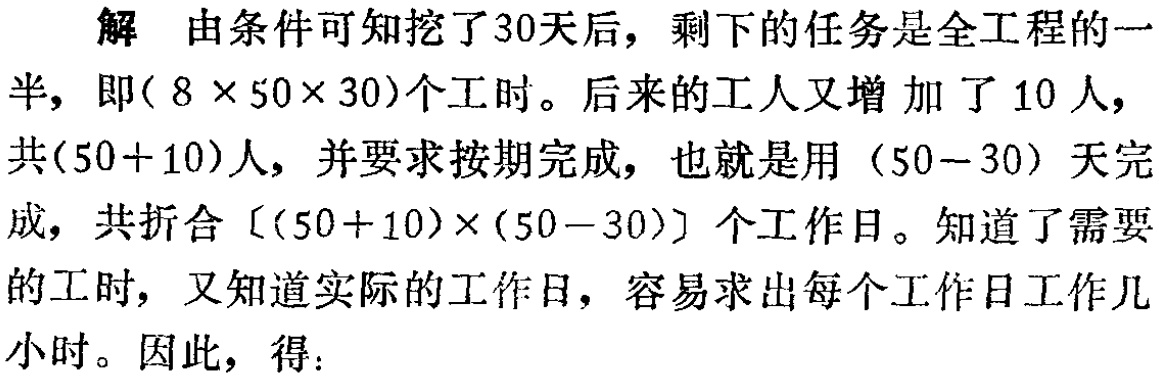
解 由条件可知挖了30天后，剩下的任务是全工程的一半，即\((8\times50\times30)\)个工时。后来的工人又增加了10人，共\((50 + 10)\)人，并要求按期完成，也就是用\((50 - 30)\)天完成，共折合\([(50 + 10)\times(50 - 30)]\)个工作日。知道了需要的工时，又知道实际的工作日，容易求出每个工作日工作几小时。因此，得：